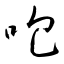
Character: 咆